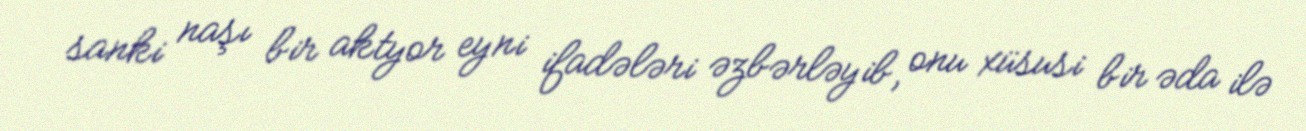
sanki naşı bir aktyor eyni ifadələri əzbərləyib, onu xüsusi bir əda ilə